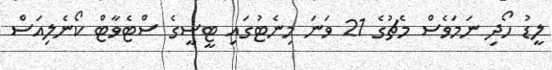
ލީޑު ހޯދި ނަމަވެސް މެޗުގެ 21 ވަނަ މިނެޓުގައި ޓީސީގެ ސްޓެވާޓް ކޯނެލިއަސް